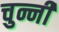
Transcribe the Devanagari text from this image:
चुन्नीं